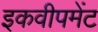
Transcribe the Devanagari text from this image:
इकवीपमेंट